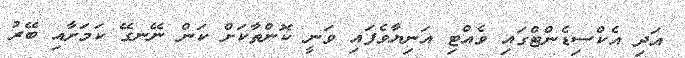
އަދި އެކްސިޑެންޓްގައި ވެއްޓި އަނިޔާވެފައި ވަނީ ކޮންތާކަށް ކަން ނޭނގޭ ކަމަށާއި ބޭރު